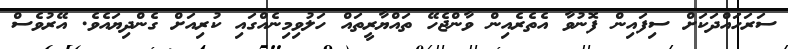
ސަރަހައްދަކަށް ސިފައިން ފޮނުވާ އެތެރެއިން ވާންޖެހޭ ތައްޔާރީތައް ހަލުވިމިނެއްގައި ކުރިއަށް ގެންދިޔައެވެ. އޭރުވެސް